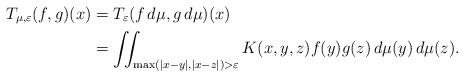
LaTeX: \begin{align*}T_{\mu, \varepsilon}(f,g)(x) &= T_{\varepsilon}(f\,d\mu, g\,d\mu)(x) \\&= \iint_{\max(|x-y|, |x-z|) > \varepsilon} K(x,y,z) f(y)g(z)\,d\mu(y)\,d\mu(z).\end{align*}